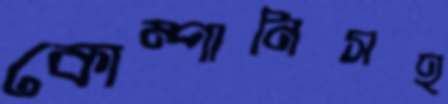
কোম্পানিসহ